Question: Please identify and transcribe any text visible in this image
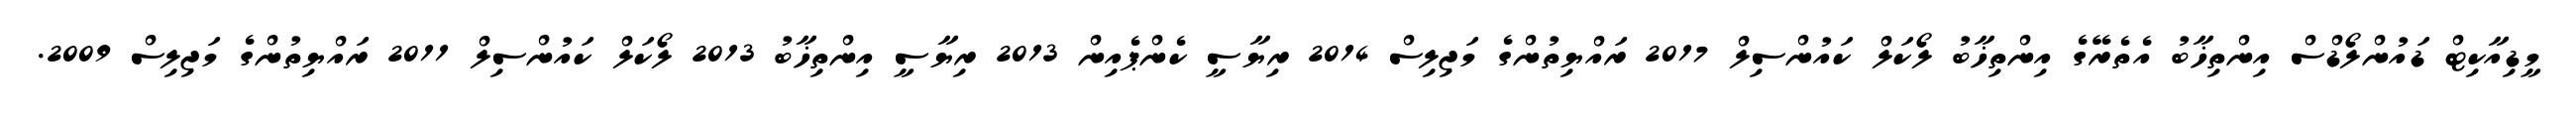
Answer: މީޑިއާކިޓް ޑައުންލޯޑްސް އިންތިޚާބު އެތެރޭގެ އިންތިޚާބު ލޯކަލް ކައުންސިލް 2017 ރައްޔިތުންގެ މަޖިލިސް 2014 ރިޔާސީ ކެންޕެއިން 2013 ރިޔާސީ އިންތިޚާބު 2013 ލޯކަލް ކައުންސިލް 2011 ރައްޔިތުންގެ މަޖިލިސް 2009.